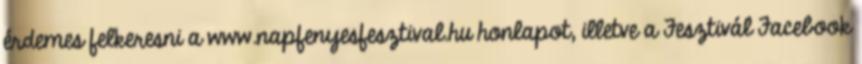
érdemes felkeresni a www.napfenyesfesztival.hu honlapot, illetve a Fesztivál Facebook